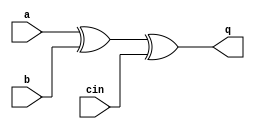
module adder(
	input a,
	input b,
	input cin,
	
	output q
);

assign q = a ^ b ^ cin;

endmodule